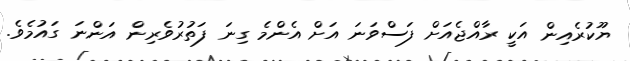
ޔޫކުރެއިން އަކީ ރާއްޖެއަށް ފަސްވަނަ އަށް އެންމެ ގިނަ ފަތުރުވެރިން އަންނަ ގައުމެވެ.